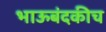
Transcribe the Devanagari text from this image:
भाऊबंदकीच